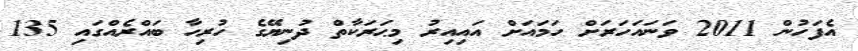
އެފަހުން 2011 ވަނައަހަރަށް ހަމައަށް އައިއިރު މިޙަރަކާތް ދުނިޔޭގެ ހުރިހާ ބައްރެއްގައި 135